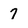
Character: 7